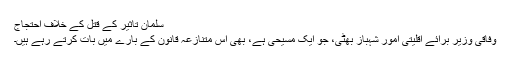
سلمان تاثیر کے قتل کے خلاف احتجاج
وفاقی وزیر برائے اقلیتی امور شہباز بھٹی، جو ایک مسیحی ہے، بھی اس متنازعہ قانون کے بارے میں بات کرتے رہے ہیں۔